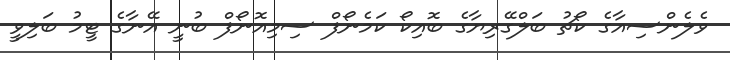
ވެލެންސިއާގެ ކޯޗު ބަލްގޭރިޔާގެ ބޮއިކޯ ކަމެނޯފް ސިމިއޮނޯފް ބުނީ އޭނާގެ ޓީމު ބަލިވީ